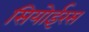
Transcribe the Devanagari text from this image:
सियोईरस